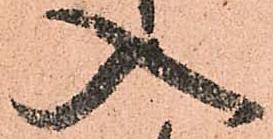
入